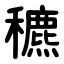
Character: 穮